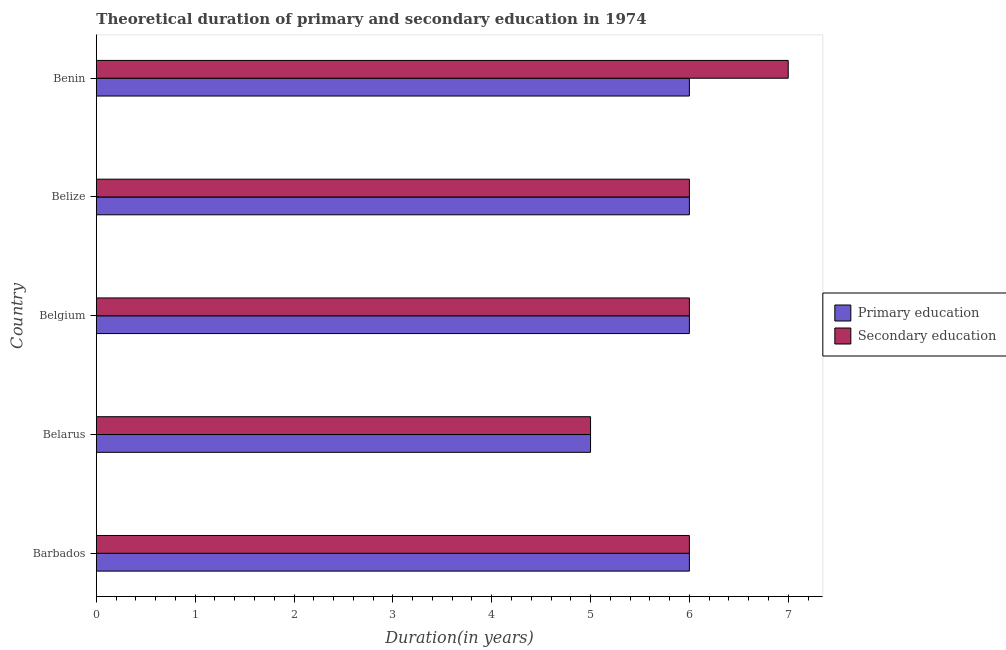
| Country | Primary education | Secondary education |
 | --- | --- | --- |
 | Barbados | 6 | 6 |
 | Belarus | 5 | 5 |
 | Belgium | 6 | 6 |
 | Belize | 6 | 6 |
 | Benin | 6 | 7 |